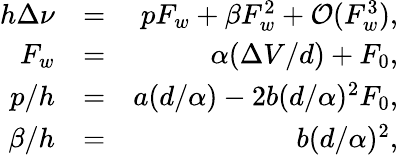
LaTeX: \begin{array}{rlr}{h\Delta\nu}&{=}&{pF_{w}+\beta F_{w}^{2}+\mathcal{O}(F_{w}^{3}),}\\ {F_{w}}&{=}&{\alpha(\Delta V/d)+F_{0},}\\ {p/h}&{=}&{a(d/\alpha)-2b(d/\alpha)^{2}F_{0},}\\ {\beta/h}&{=}&{b(d/\alpha)^{2},}\end{array}